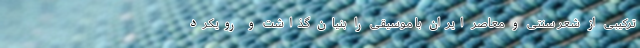
ترکیبی از شعر سنتی و معاصر ایران با موسیقی را بنیان گذاشت و رویکرد